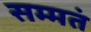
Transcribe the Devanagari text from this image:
सम्मतं